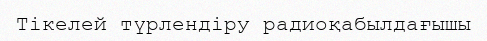
Тікелей түрлендіру радиоқабылдағышы